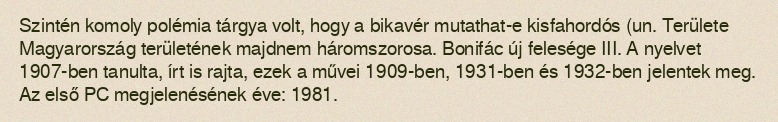
Szintén komoly polémia tárgya volt, hogy a bikavér mutathat-e kisfahordós (un. Területe Magyarország területének majdnem háromszorosa. Bonifác új felesége III. A nyelvet 1907-ben tanulta, írt is rajta, ezek a művei 1909-ben, 1931-ben és 1932-ben jelentek meg. Az első PC megjelenésének éve: 1981.